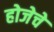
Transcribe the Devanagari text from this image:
होजेचे